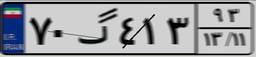
۷۰گ۴۱۳۹۳